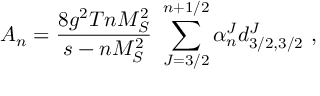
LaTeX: A _ { n } = \frac { 8 g ^ { 2 } T n M _ { S } ^ { 2 } } { s - n M _ { S } ^ { 2 } } \mathrm { ~ } \sum _ { J = 3 / 2 } ^ { n + 1 / 2 } \alpha _ { n } ^ { J } d _ { 3 / 2 , 3 / 2 } ^ { J } \ ,